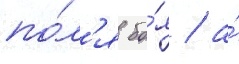
по́л'я бо́я / а́